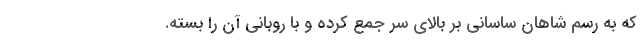
که به رسم شاهان ساسانی بر بالای سر جمع کرده و با روبانی آن را بسته.